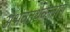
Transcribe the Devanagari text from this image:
अभवतर्थकलासु